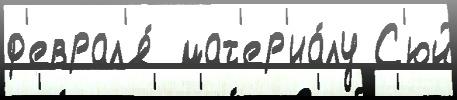
ф'еврал'я́  мат'ер'иа́лу С'юй